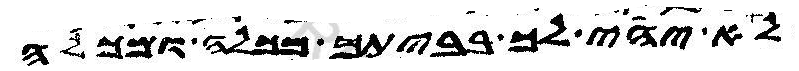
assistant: לא יהי לך בביתך מכלה ומכלה